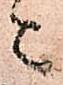
ニ